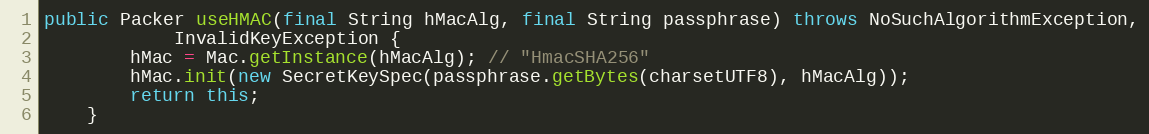
Language: Java
public Packer useHMAC(final String hMacAlg, final String passphrase) throws NoSuchAlgorithmException,
			InvalidKeyException {
		hMac = Mac.getInstance(hMacAlg); // "HmacSHA256"
		hMac.init(new SecretKeySpec(passphrase.getBytes(charsetUTF8), hMacAlg));
		return this;
	}